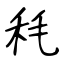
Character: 秏